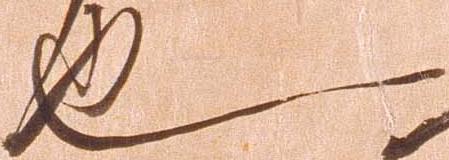
也